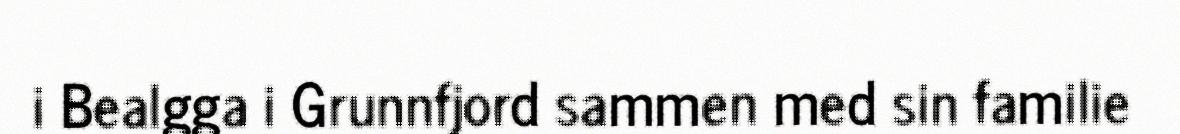
i Bealgga i Grunnfjord sammen med sin familie